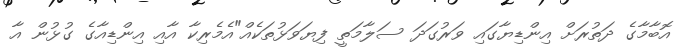
އޮބާމާގެ ދަތުރަށް އިންޑިޔާގައި ވަރުގަދަ ސަލާމަތީ ފިޔަވަޅުތަކެއް"އެމެރިކާ އާއި އިންޑިއާގެ ގުޅުން އާ